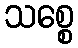
သစ္စေ